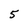
Character: 5